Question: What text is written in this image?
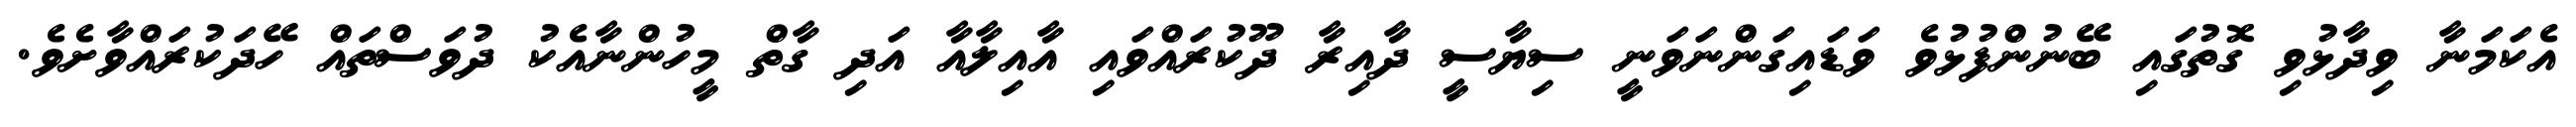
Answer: އެކަމަނާ ވިދާޅުވި ގޮތުގައި ބޭނުންފުޅުވެ ވަޑައިގަންނަވަނީ ސިޔާސީ ދާއިރާ ދޫކުރައްވައި އާއިލާއާ އަދި ގާތް މީހުންނާއެކު ދުވަސްތައް ހޭދަކުރައްވާށެވެ.